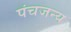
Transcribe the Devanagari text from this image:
पंचजन्य